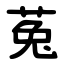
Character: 菟